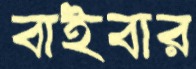
বাইবার